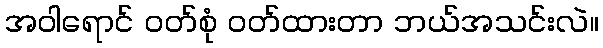
အဝါရောင် ဝတ်စုံ ဝတ်ထားတာ ဘယ်အသင်းလဲ။